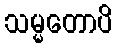
သမ္မတောပိ